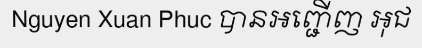
Nguyen Xuan Phuc បានអញ្ជើញ អុជ